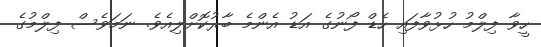
ހީވާ ފިލްމު ހުޅުވާފައި ހެޑް ފޯނުގެ އަޑު އެންމެ ބާރުކޮށްލިއެވެ. ނަމަވެސް ފިލްމުގެ